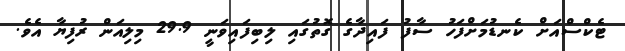
ޓެކްސްއަށް ކެނޑުމަށްފަހު ސާފު ފައިދާގެ ގޮތުގައި ލިބިފައިވަނީ 29.9 މިލިއަން ރުފިޔާ އެވެ.